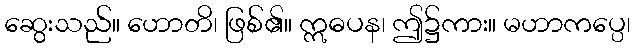
ဆွေးသည်။ ဟောတိ၊ ဖြစ်၏။ ဣဓပန၊ ဤ၌ကား။ မဟာကပ္ပေ၊